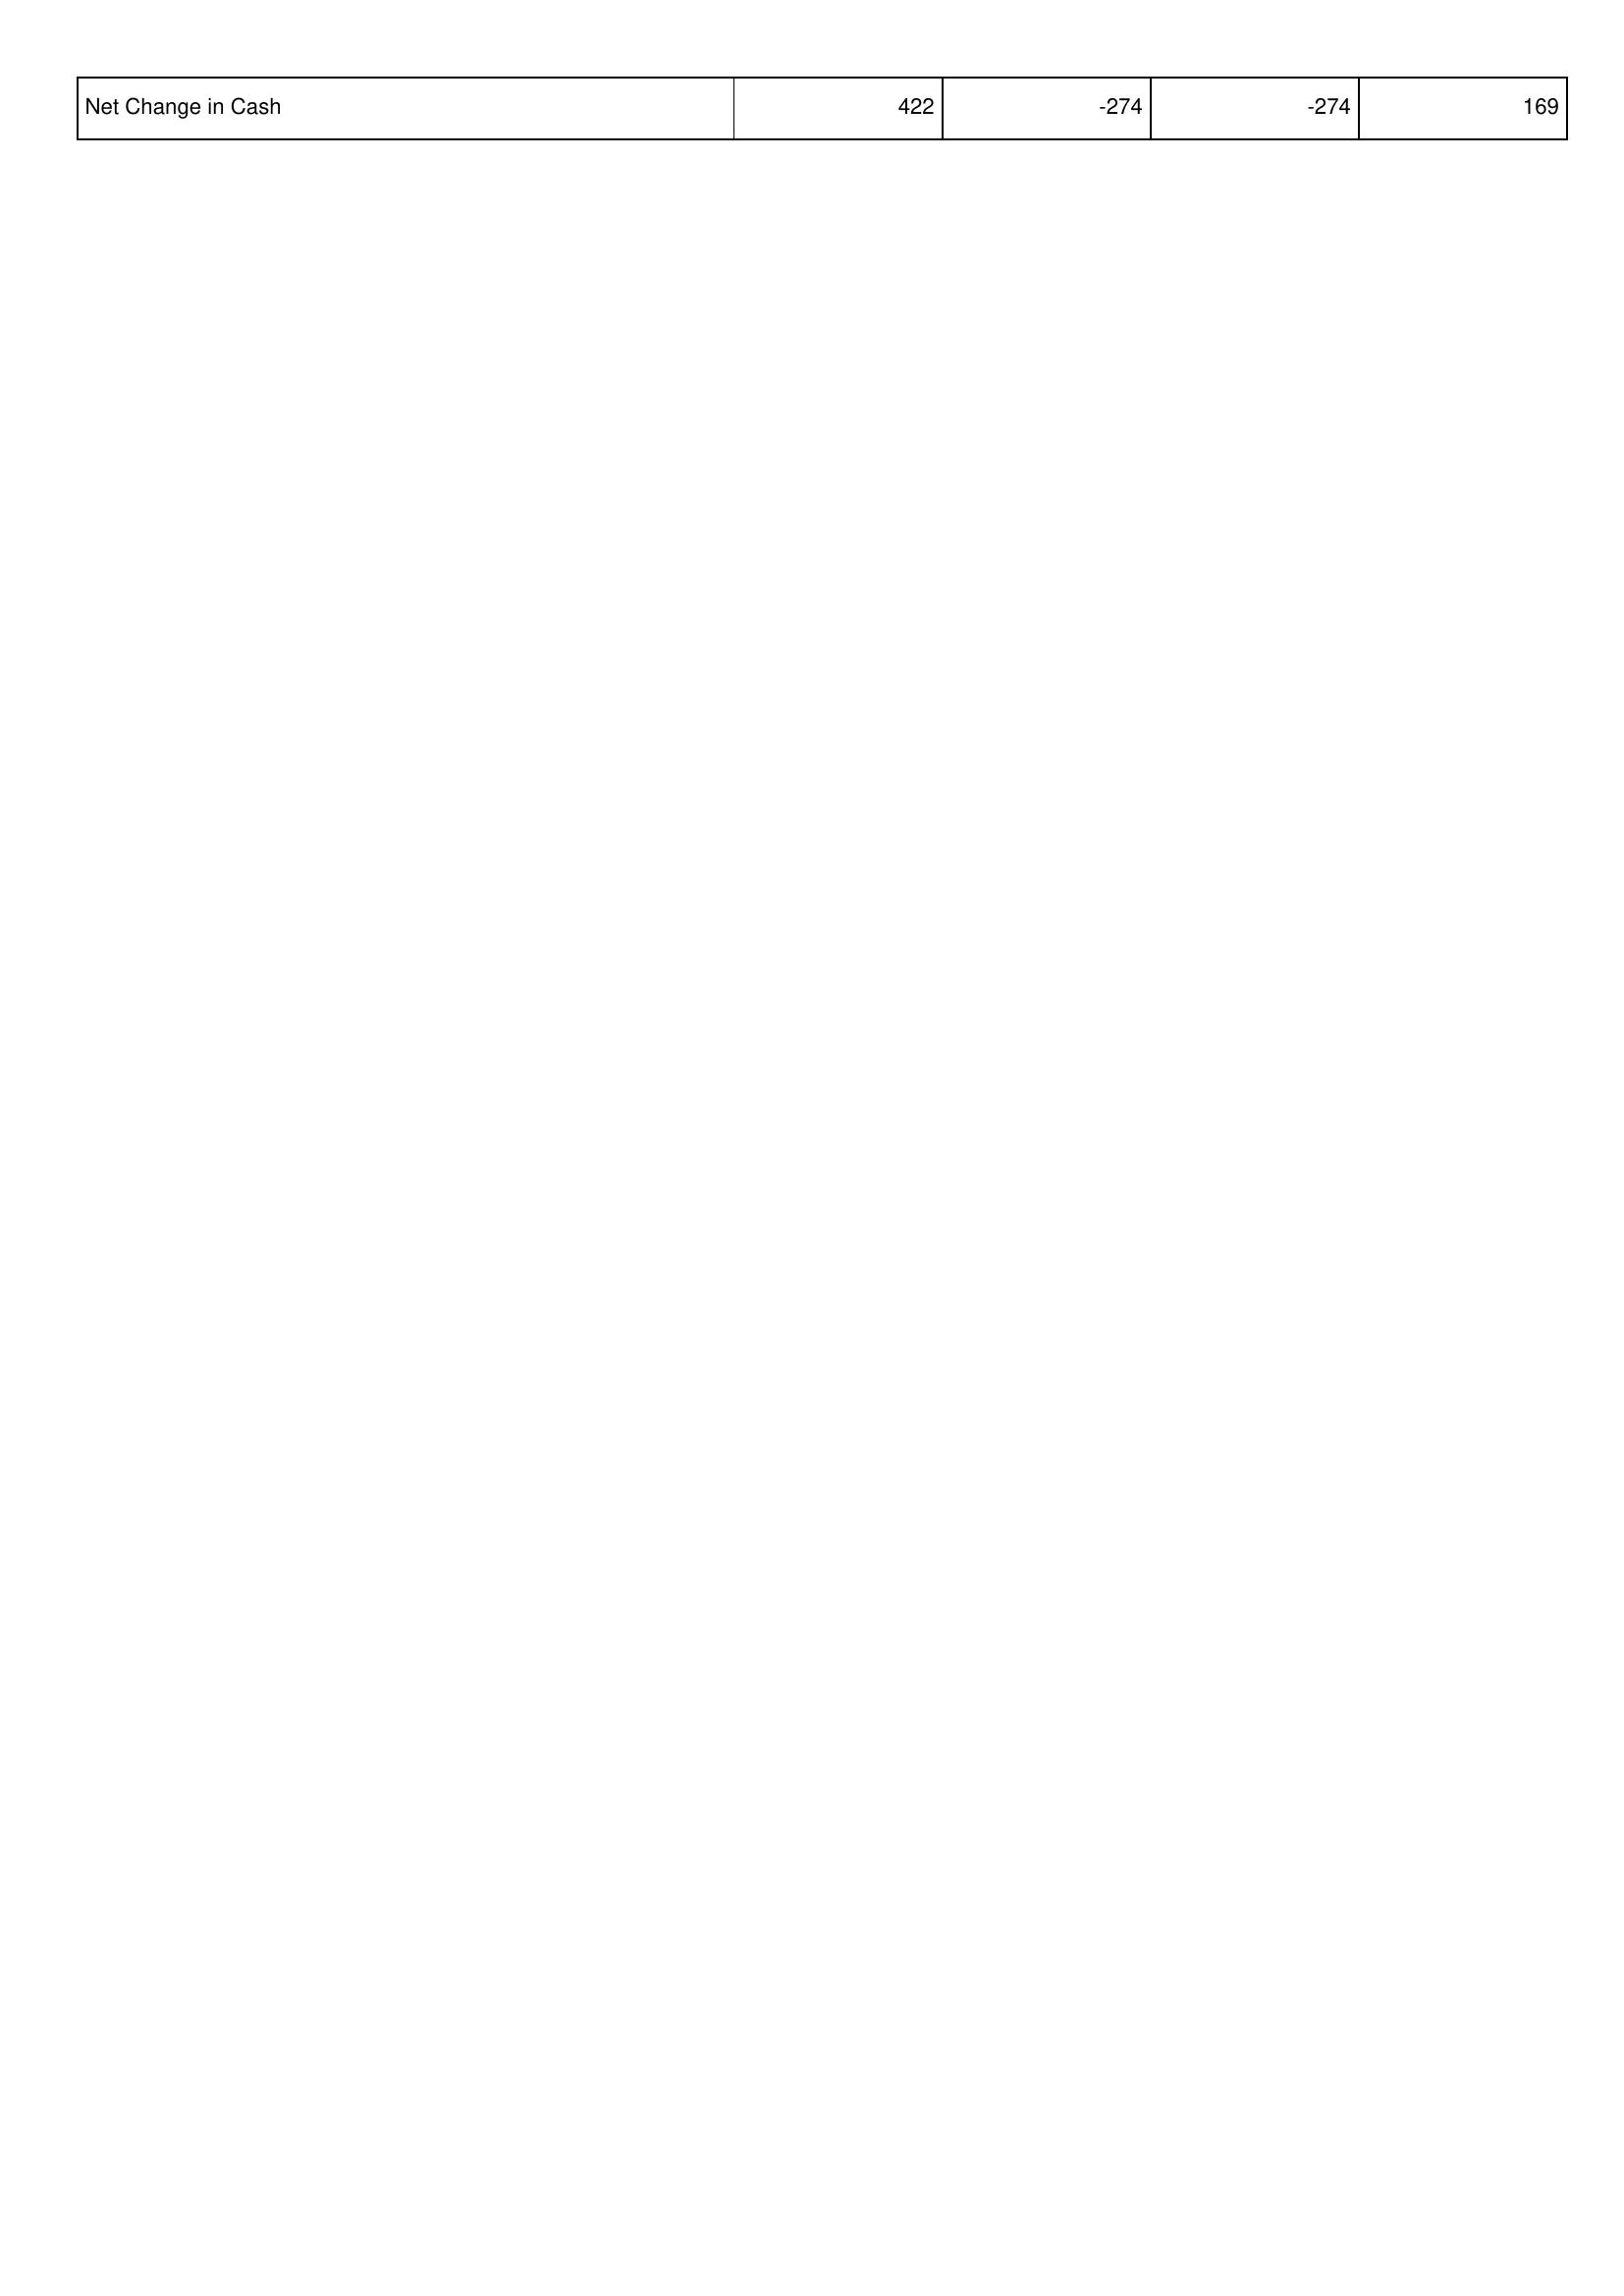
2019: Financing Activities: Net Change in Cash: 422
2018: Financing Activities: Net Change in Cash: -274
2017: Financing Activities: Net Change in Cash: -274
2016: Financing Activities: Net Change in Cash: 169